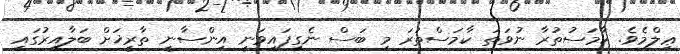
ޢިލްމެވެ. ކާމަސުތުރާ ނުވަތަ ކާމަސްތުރަ މި ބަސް ނެގިފައިވަނީ އިންސާނީ ތާރީޚަށް ބަލާއިރުގައި